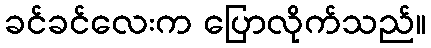
ခင်ခင်လေးက ပြောလိုက်သည်။